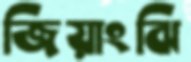
জিয়াংঝি